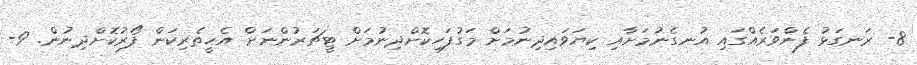
8- ރަނގަޅު ފެންވަރެއްގައި އުނގެނުމަށާއި ކިޔަވައިދިނުމަށް މަގުފަހިކޮށްދިނުމަށް ޓީޗަރުންނަށް އެހީތެރިކަން ފޯރުކޮށްދިނުން. 9-